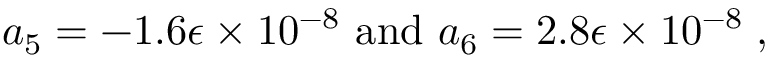
a _ { 5 } = - 1 . 6 \epsilon \times 1 0 ^ { - 8 } \mathrm { ~ a n d ~ } a _ { 6 } = 2 . 8 \epsilon \times 1 0 ^ { - 8 } \; ,